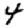
Digit: 4